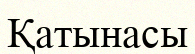
Қатынасы